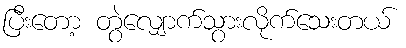
ပြီးတော့ တွဲလျှောက်သွားလိုက်သေးတယ်